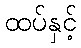
ထပ်နှင့်